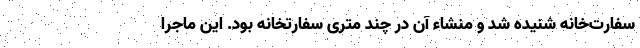
سفارت‌خانه شنیده شد و منشاء آن در چند متری سفارتخانه بود. این ماجرا